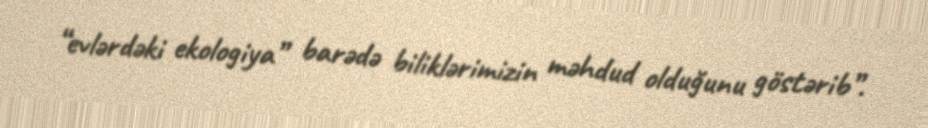
“evlərdəki ekologiya” barədə biliklərimizin məhdud olduğunu göstərib”.